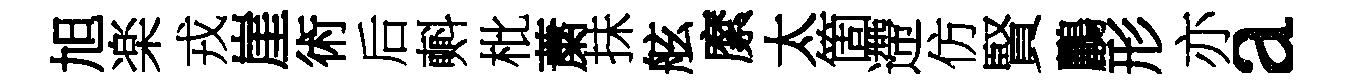
旭楽戎崖術后㪺枇䔥抺舷縻太箇遰仿賢鸝形亦a